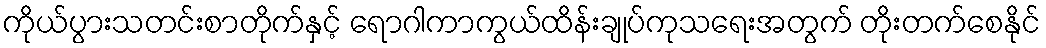
ကိုယ်ပွားသတင်းစာတိုက်နှင့် ရောဂါကာကွယ်ထိန်းချုပ်ကုသရေးအတွက် တိုးတက်စေနိုင်